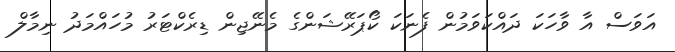
އަވަސް އާ ވާހަކަ ދައްކަވަމުން ފެނަކަ ކޯޕަރޭޝަންގެ މެނޭޖިން ޑިރެކްޓަރު މުހައްމަދު ނިމާލް